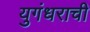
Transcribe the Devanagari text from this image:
युगंधराची